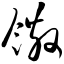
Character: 馓